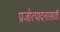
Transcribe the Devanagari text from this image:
प्रजोत्पादनासाठी